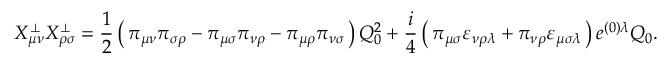
X _ { \mu \nu } ^ { \bot } X _ { \rho \sigma } ^ { \bot } = \frac { 1 } { 2 } \left( \, \pi _ { \mu \nu } \pi _ { \sigma \rho } - \pi _ { \mu \sigma } \pi _ { \nu \rho } - \pi _ { \mu \rho } \pi _ { \nu \sigma } \, \right) Q _ { 0 } ^ { 2 } + \frac { i } { 4 } \left( \, \pi _ { \mu \sigma } \varepsilon _ { \nu \rho \lambda } + \pi _ { \nu \rho } \varepsilon _ { \mu \sigma \lambda } \, \right) e ^ { ( 0 ) \lambda } Q _ { 0 } .